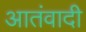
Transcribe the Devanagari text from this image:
आतंवादी